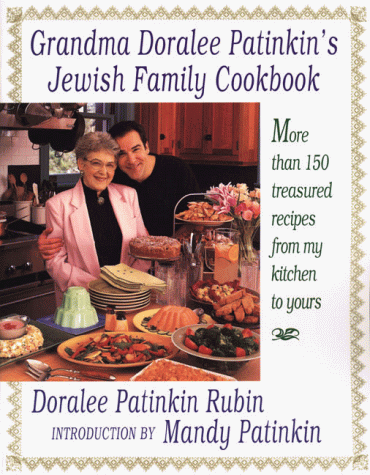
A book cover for Grandma Doralee Patinkin's Jewish Family Cookbook: More than 150 Treasured Recipes from My Kitchen to Yours; Doralee Patinkin Rubin; Cookbooks, Food & Wine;